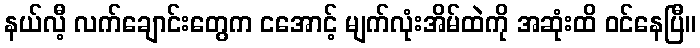
နယ်လီ့ လက်ချောင်းတွေက ငအောင့် မျက်လုံးအိမ်ထဲကို အဆုံးထိ ဝင်နေပြီ။